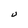
Character: U